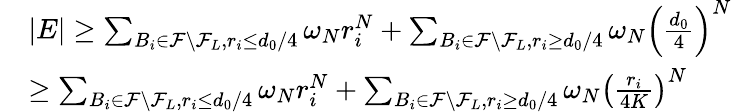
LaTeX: \begin{array}{rl}&{|E|\ge\sum_{B_{i}\in\mathcal{F}\setminus\mathcal{F}_{L},r_{i}\le d_{0}/4}\omega_{N}r_{i}^{N}+\sum_{B_{i}\in\mathcal{F}\setminus\mathcal{F}_{L},r_{i}\ge d_{0}/4}\omega_{N}\left(\frac{d_{0}}{4}\right)^{N}}\\ &{\ge\sum_{B_{i}\in\mathcal{F}\setminus\mathcal{F}_{L},r_{i}\le d_{0}/4}\omega_{N}r_{i}^{N}+\sum_{B_{i}\in\mathcal{F}\setminus\mathcal{F}_{L},r_{i}\ge d_{0}/4}\omega_{N}\left(\frac{r_{i}}{4K}\right)^{N}}\end{array}